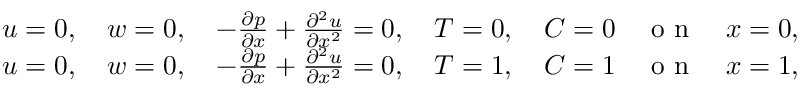
\begin{array} { r } { u = 0 , \quad w = 0 , \quad - \frac { \partial p } { \partial x } + \frac { \partial ^ { 2 } u } { \partial x ^ { 2 } } = 0 , \quad T = 0 , \quad C = 0 \quad \mathrm { ~ o ~ n ~ } \quad x = 0 , } \\ { u = 0 , \quad w = 0 , \quad - \frac { \partial p } { \partial x } + \frac { \partial ^ { 2 } u } { \partial x ^ { 2 } } = 0 , \quad T = 1 , \quad C = 1 \quad \mathrm { ~ o ~ n ~ } \quad x = 1 , } \end{array}